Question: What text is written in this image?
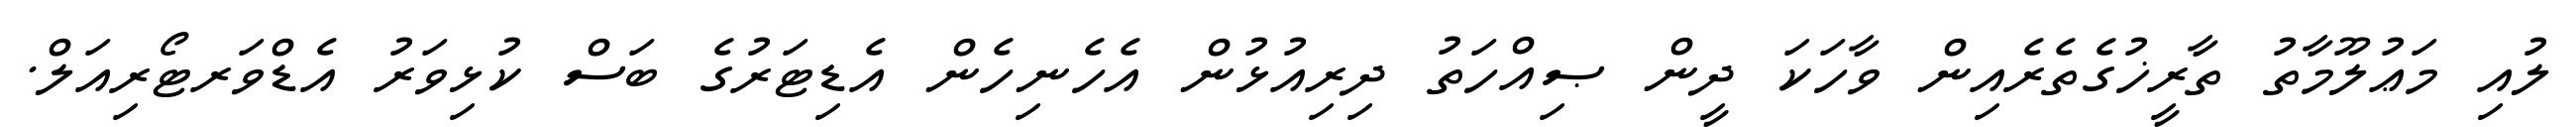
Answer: ލުއި މަޢުލޫމާތު ތާރީޚުގެތެރެއިން ވާހަކަ ދީން ޞިއްހަތު ދިރިއުޅުން އެހެނިހެން އެޑިޓަރުގެ ބަސް ކުޅިވަރު އެޑްވަރޓޯރިއަލް.